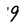
Character: 9